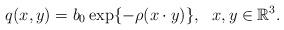
LaTeX: \begin{align*}q(x,y)=b_{0}\exp\{-\rho(x\cdot y)\}, \ \ x,y\in \mathbb{R}^{3}.\end{align*}